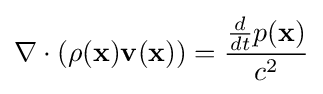
\nabla \cdot \left(\rho (\mathbf {x} )\mathbf {v} (\mathbf {x} )\right)={\frac {{\frac {d}{dt}}p(\mathbf {x} )}{c^{2}}}